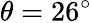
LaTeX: \theta=26^{\circ}